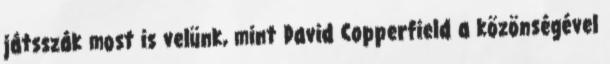
játsszák most is velünk, mint David Copperfield a közönségével